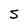
Character: S